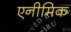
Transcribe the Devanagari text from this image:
एनीमिक